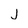
Character: j